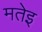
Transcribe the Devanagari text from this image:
मतेइ